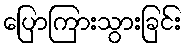
ပြောကြားသွားခြင်း